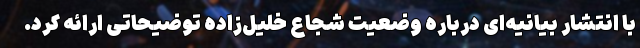
با انتشار بیانیه‌ای درباره وضعیت شجاع خلیل‌زاده توضیحاتی ارائه کرد.